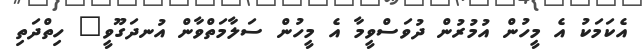
އެކަމަކު އެ މީހުން އުމުރުން ދުވަސްވީމާ އެ މީހުން ސަލާމަތްވާން އުނދަގޫވީ" ހިތްދަތި